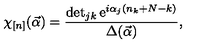
\chi _ { [ n ] } ( \vec { \alpha } ) = \frac { \det _ { j k } \mathrm { e } ^ { i \alpha _ { j } ( n _ { k } + N - k ) } } { \Delta ( \vec { \alpha } ) } ,